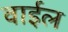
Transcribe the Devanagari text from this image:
वाईल